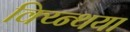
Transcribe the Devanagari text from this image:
क्य्न्थिया